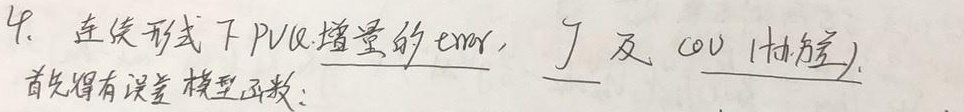
4. 连续形式下PVQ增量的error，$J$及cov(协方差)。
首先得有误差模型函数：